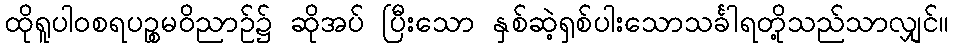
ထိုရူပါဝစရပဉ္စမဝိညာဉ်၌ ဆိုအပ် ပြီးသော နှစ်ဆဲ့ရှစ်ပါးသောသင်္ခါရတို့သည်သာလျှင်။